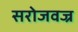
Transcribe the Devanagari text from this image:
सरोजवज्र